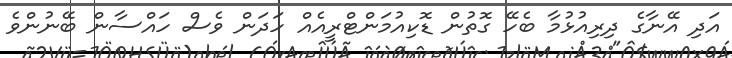
އަދި އޭނާގެ ދިރިއުޅުމާ ބެހޭ ގޮތުން ޑޮކިއުމަންޓްރީއެއް ހަދަން ވެސް ހައްސާން ބޭނުންވެ